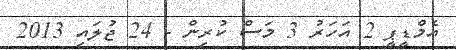
އެމްޑީޕީ 2 އަހަރު 3 މަސް ކުރިން - 24 ޖުލައި 2013